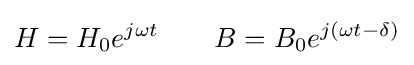
H=H_{0}e^{j\omega t}\qquad B=B_{0}e^{j\left(\omega t-\delta \right)}